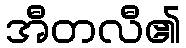
အီတလီ၏